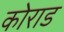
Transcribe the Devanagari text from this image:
कोराड